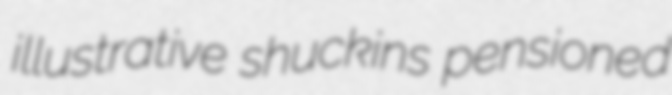
illustrative shuckins pensioned